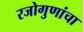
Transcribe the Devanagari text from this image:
रजोगुणांचा